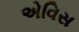
એવિસ